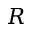
R